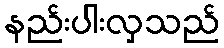
နည်းပါးလှသည်